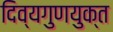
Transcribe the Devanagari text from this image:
दिव्यगुणयुक्त